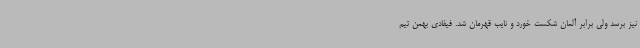
نیز برسد ولی برابر آلمان شکست خورد و نایب قهرمان شد. فیفادی بهمن تیم